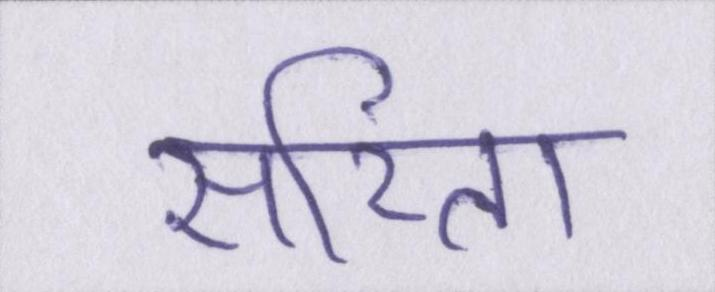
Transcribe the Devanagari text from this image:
सरिता